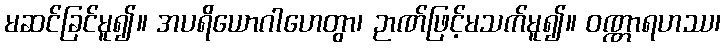
မဆင်ခြင်မူ၍။ အပရိယောဂါဟေတွာ၊ ဉာဏ်ဖြင့်မသက်မူ၍။ ဝဏ္ဏာရဟဿ၊